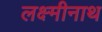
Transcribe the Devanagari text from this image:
लक्ष्मीनाथ